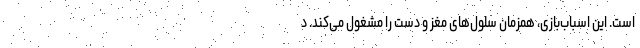
است. این اسباب‌بازی، همزمان سلول‌های مغز و دست را مشغول می‌کند. د